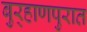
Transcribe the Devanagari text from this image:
बुर्‍हाणपुरात